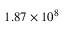
1 . 8 7 \times 1 0 ^ { 8 }